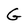
Character: G